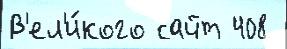
В'ел'и́кого сайт 408